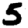
Digit: 5